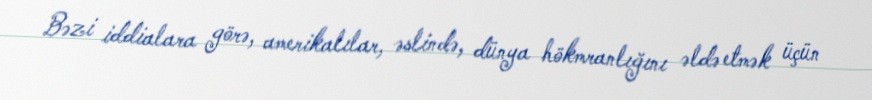
Bəzi iddialara görə, amerikalılar, əslində, dünya hökmranlığını əldə etmək üçün